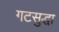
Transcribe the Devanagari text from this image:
गटसुद्धा